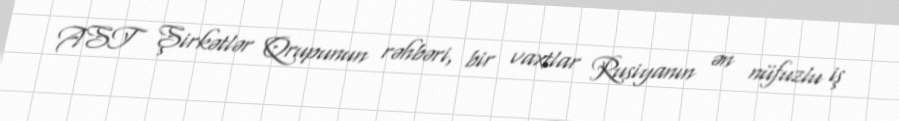
AST Şirkətlər Qrupunun rəhbəri, bir vaxtlar Rusiyanın ən nüfuzlu iş